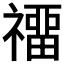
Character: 𥛽